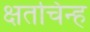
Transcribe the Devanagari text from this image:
क्षतचिन्ह